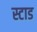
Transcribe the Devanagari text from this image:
स्टाड